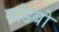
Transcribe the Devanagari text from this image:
यांडबो